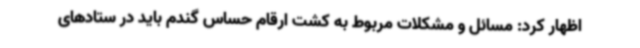
اظهار کرد: مسائل و مشکلات مربوط به کشت ارقام حساس گندم باید در ستادهای